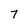
Character: 7